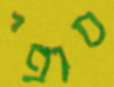
סופי